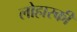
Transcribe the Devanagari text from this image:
लोहारकी